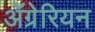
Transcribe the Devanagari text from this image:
ॲग्रेरियन